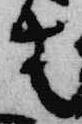
春